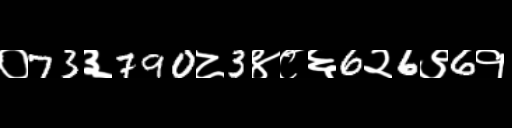
Text: ०73३790८3४८६6२6९6१